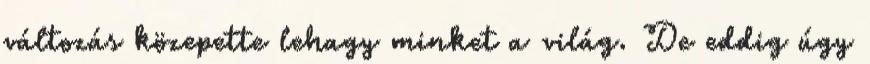
változás közepette lehagy minket a világ. De eddig úgy